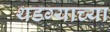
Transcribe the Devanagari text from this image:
थडग्याच्या